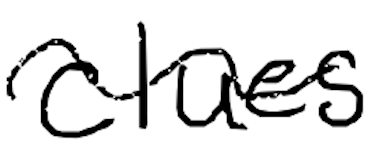
Text: clues
Cross-out: mix
Writing tool: digital_black